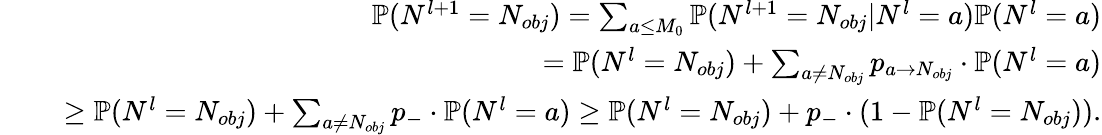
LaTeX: \begin{array}{rlr}&{\ }&{\mathbb{P}(N^{l+1}=N_{obj})=\sum_{a\le M_{0}}\mathbb{P}(N^{l+1}=N_{obj}|N^{l}=a)\mathbb{P}(N^{l}=a)}\\ &{\ }&{=\mathbb{P}(N^{l}=N_{obj})+\sum_{a\neq N_{obj}}p_{a\to N_{obj}}\cdot\mathbb{P}(N^{l}=a)}\\ &{\ }&{\ge\mathbb{P}(N^{l}=N_{obj})+\sum_{a\neq N_{obj}}p_{-}\cdot\mathbb{P}(N^{l}=a)\ge\mathbb{P}(N^{l}=N_{obj})+p_{-}\cdot(1-\mathbb{P}(N^{l}=N_{obj})).}\end{array}